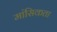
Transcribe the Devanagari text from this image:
मांसिकता